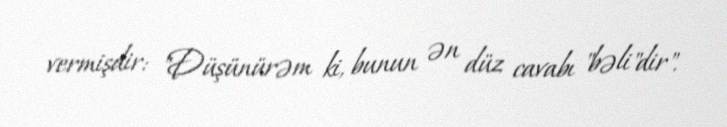
vermişdir: "Düşünürəm ki, bunun ən düz cavabı "bəli"dir".